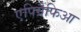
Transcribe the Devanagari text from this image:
एपिग्रैफिआ